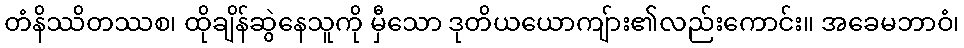
တံနိဿိတဿစ၊ ထိုချိန်ဆွဲနေသူကို မှီသော ဒုတိယယောကျ်ား၏လည်းကောင်း။ အခေမဘာဝံ၊